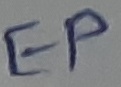
Text: EP